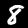
Label: 8